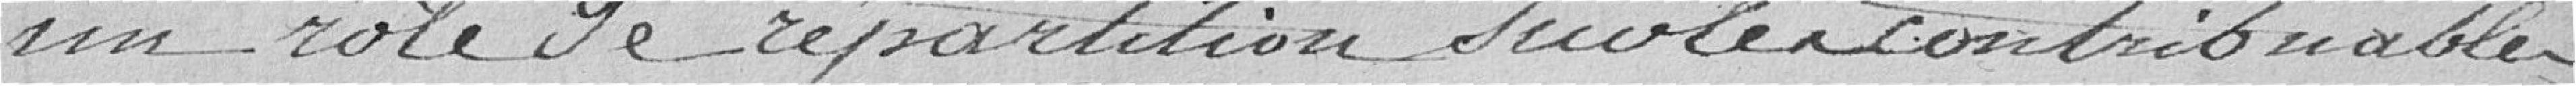
un rôle de répartition sur les contribuables